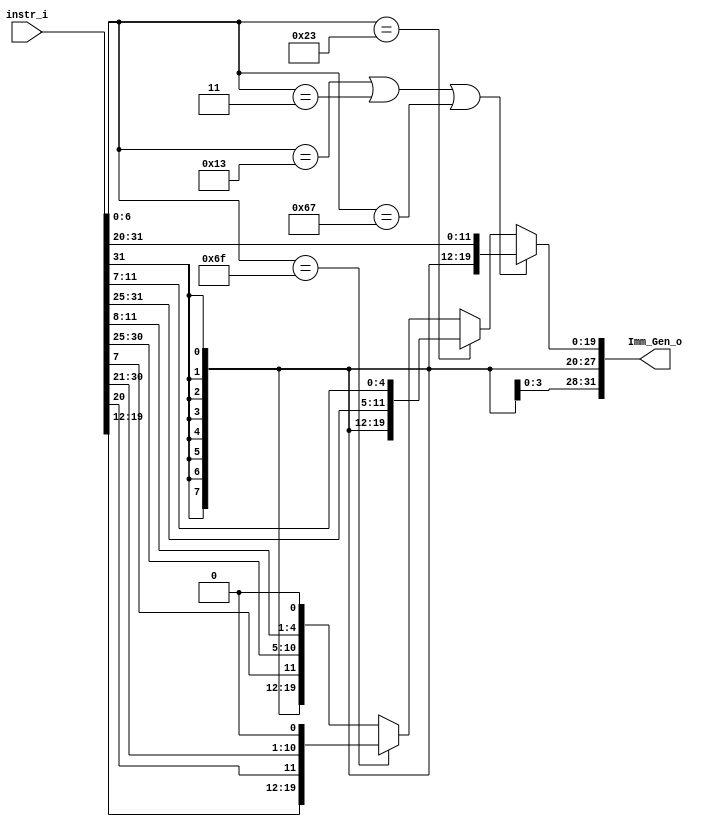
/***************************************************
Student Name: 
Student ID: 
***************************************************/

`timescale 1ns/1ps

module Imm_Gen(
	input  [31:0] instr_i,
	output [31:0] Imm_Gen_o
	);

/* Write your code HERE */

//Internal Signals
wire    [7-1:0] opcode;
wire    [2:0]   func3;
wire    [3-1:0] Instr_field;

assign opcode = instr_i[6:0];
assign func3  = instr_i[14:12];

// type1 = I, type2 = S, type3 = J, type4 = B
assign Imm_Gen_o = 	((opcode == 7'b0010011) || (opcode == 7'b0000011) || (opcode == 7'b1100111)) ? 
					        // I-format: addi, load, JALR, slli
						{{21{instr_i[31]}}, instr_i[30:25], instr_i[24:21], instr_i[20]} : (
			(opcode == 7'b0100011) ?
     						// S-format: Store
						{{21{instr_i[31]}}, instr_i[30:25], instr_i[11:8], instr_i[7]} : (
			(opcode == 7'b1101111) ?
						// J-format: JAL
						{{12{instr_i[31]}}, instr_i[19:12], instr_i[20], instr_i[30:25], instr_i[24:21], 1'b0} : 
						// B-format: Branch
						{{20{instr_i[31]}}, instr_i[7], instr_i[30:25], instr_i[11:8], 1'b0}));


/*always @(*) begin
	$display("Imm_Gen_o//////////////////////////////////////////////: %b", Imm_Gen_o);
	$display("opcode//////////////////////////////////////////////: %b", opcode);
	$display("instr_i//////////////////////////////////////////////: %b", instr_i);
end
*/

endmodule